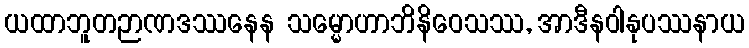
ယထာဘူတဉာဏဒဿနေန သမ္မောဟာဘိနိဝေသဿ, အာဒီနဝါနုပဿနာယ